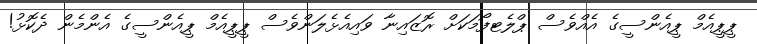
ޕީޕީއެމް ޕީއެންސީގެ އެއްވެސް ޕްލެޓފޯމަކަށް ރޮޒައިނާ ވައިއެޅެލަންވެސް ޕީޕީއެމް ޕީއެންސީގެ އެންމެން ދެކޮޅު!